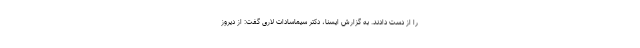
را از دست دادند. به گزارش ایسنا، دکتر سیماسادات لاری گفت: از دیروز